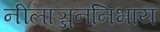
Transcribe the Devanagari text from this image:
नीलाञ्जननिभाय